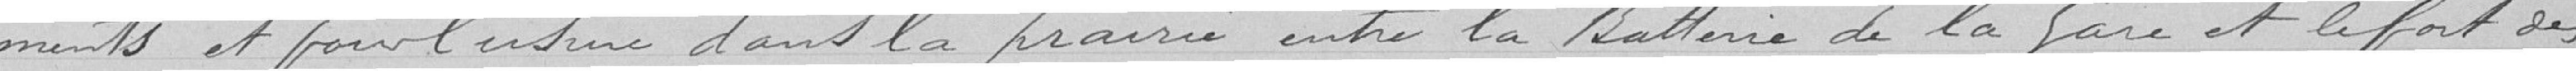
-ments et pour l'usine dans la prairie entre la Batterie de la Gare et le Fort des